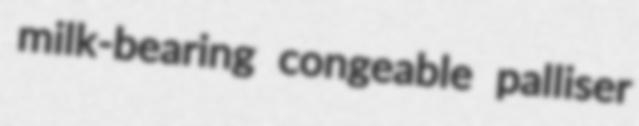
milk-bearing congeable palliser